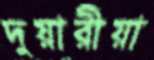
দুয়ারীয়া